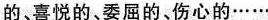
的、喜悦的、委屈的、伤心的……